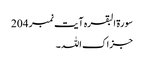
سورۃ البقرہ آیت نمبر 204​
جزاک اللہ۔